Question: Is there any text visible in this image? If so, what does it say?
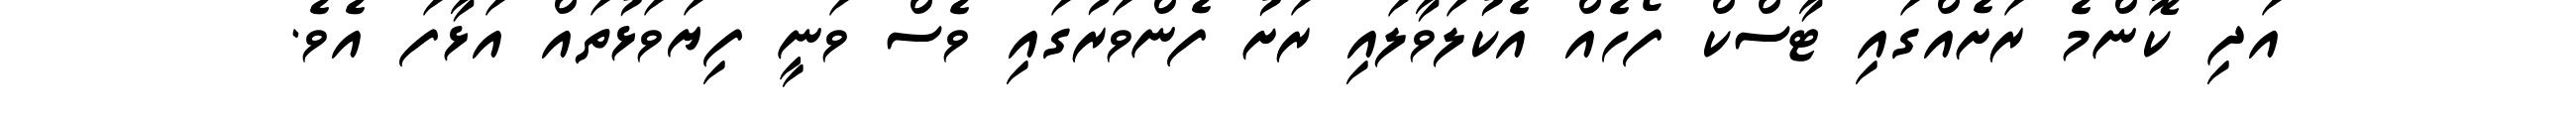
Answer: އަދި ކޮންމެ ރަށެއްގައި ޓާސްކް ފޯހެއް އެކުލަވާލައި ރަށު ފެންވަރުގައި ވެސް ވަނީ ފިޔަވަޅުތައް އަޅާފަ އެވެ.